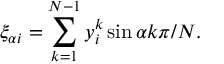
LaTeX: \xi _ { \alpha i } = \sum _ { k = 1 } ^ { N - 1 } y _ { i } ^ { k } \sin \alpha k \pi / N .